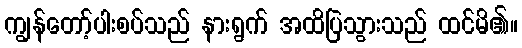
ကျွန်တော့်ပါးစပ်သည် နားရွက် အထိပြဲသွားသည် ထင်မိ၏။